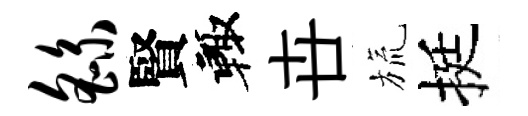
繇賢輙卋旒挺